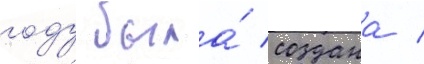
году была́ создана /